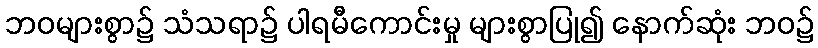
ဘဝများစွာ၌ သံသရာ၌ ပါရမီကောင်းမှု များစွာပြု၍ နောက်ဆုံး ဘဝ၌